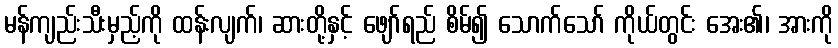
မန်ကျည်းသီးမှည့်ကို ထန်းလျက်၊ ဆားတို့နှင့် ဖျော်ရည် စိမ်၍ သောက်သော် ကိုယ်တွင်း အေး၏၊ အားကို